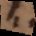
s